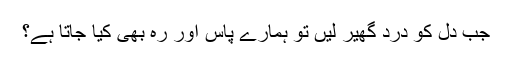
جب دل کو درد گھیر لیں تو ہمارے پاس اور رہ بھی کیا جاتا ہے؟